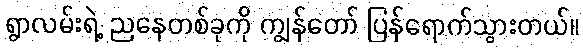
ရွာလမ်းရဲ့ ညနေတစ်ခုကို ကျွန်တော် ပြန်ရောက်သွားတယ်။